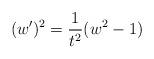
LaTeX: \begin{align*}(w')^2=\frac{1}{t^2}(w^2-1)\end{align*}